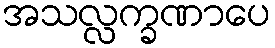
အသလ္လက္ခဏာပေ